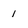
Character: 1